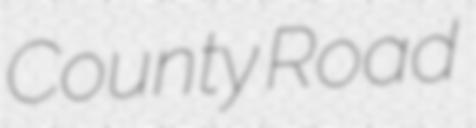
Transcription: County Road